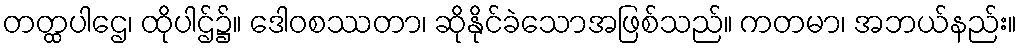
တတ္ထပါဌေ၊ ထိုပါဌ်၌။ ဒေါဝစဿတာ၊ ဆိုနိုင်ခဲသောအဖြစ်သည်။ ကတမာ၊ အဘယ်နည်း။